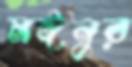
মঈনুর